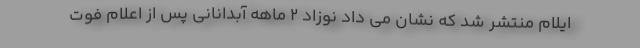
ایلام منتشر شد که نشان می داد نوزاد ۲ ماهه آبدانانی پس از اعلام فوت